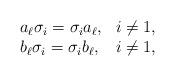
LaTeX: \begin{align*}\begin{array}{ll}a_\ell \sigma_i =\sigma_i a_\ell, & i\neq 1, \\b_\ell \sigma_i =\sigma_i b_\ell, & i\neq 1,\end{array}\end{align*}